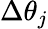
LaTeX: \Delta\theta_{j}